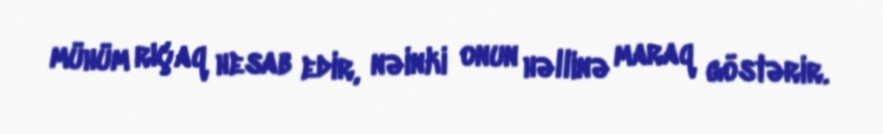
mühüm rıçaq hesab edir, nəinki onun həllinə maraq göstərir.